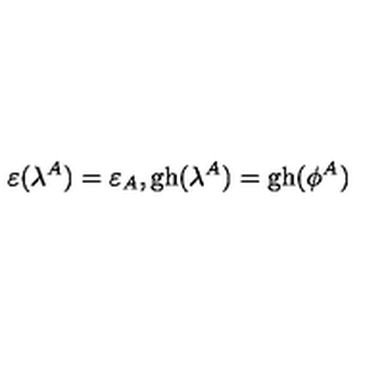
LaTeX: \varepsilon ( \lambda ^ { A } ) = \varepsilon _ { A } , \mathrm { g h } ( \lambda ^ { A } ) = \mathrm { g h } ( \phi ^ { A } )